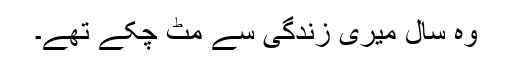
وہ سال میری زندگی سے مِٹ چکے تھے۔